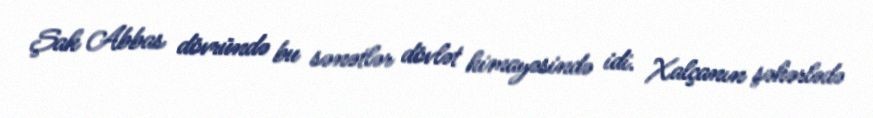
Şah Abbas dövründə bu sənətlər dövlət himayəsində idi. Xalçanın şəhərlədə